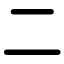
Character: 二